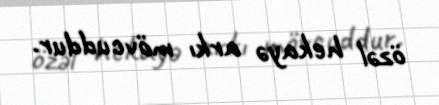
özəl hekayə arkı mövcuddur.